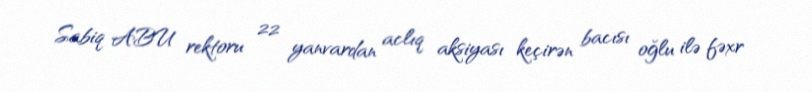
Sabiq ABU rektoru 22 yanvardan aclıq aksiyası keçirən bacısı oğlu ilə fəxr